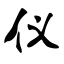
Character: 仪